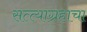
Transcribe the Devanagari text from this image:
सत्त्याग्रहाचा